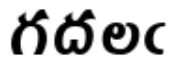
గదలఁ